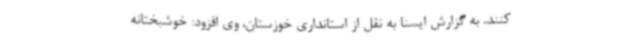
کنند. به گزارش ایسنا به نقل از استانداری خوزستان، وی افزود: خوشبختانه